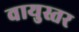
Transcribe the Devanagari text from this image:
वायुस्तर